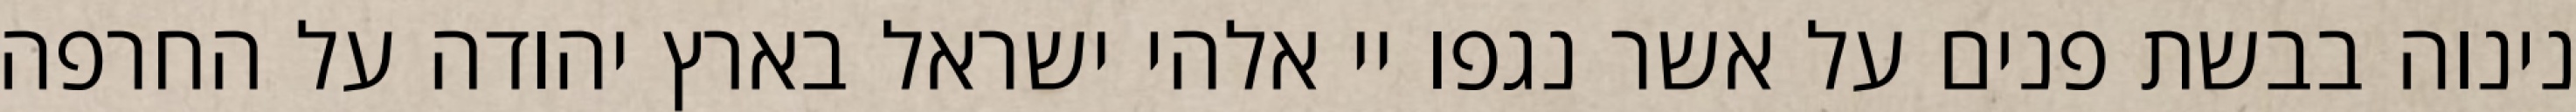
נינוה בבשת פנים על אשר נגפו יי אלהי ישראל בארץ יהודה על החרפה